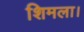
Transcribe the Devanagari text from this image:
शिमला।